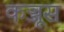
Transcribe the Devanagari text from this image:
कञ्जूस